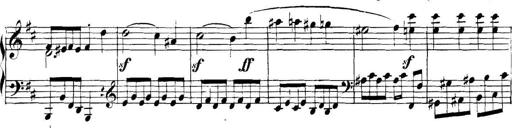
Title: Collected Piano Sonatas
Composer: Muzio Clementi